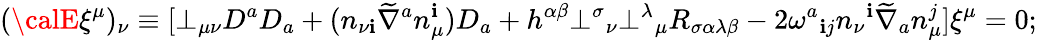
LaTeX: ({\calE}\xi^{\mu})_{\nu}\equiv[\bot_{\mu\nu}D^{a}D_{a}+(n_{\nu\mathbf{i}}\widetilde{{\nabla}}^{a}n_{\mu}^{\mathbf{i}})D_{a}+h^{\alpha\beta}\bot^{\sigma}{_{\nu}}\bot^{\lambda}{_{\mu}}R_{\sigma\alpha\lambda\beta}-2\omega^{a}{_{\mathbf{i}j}}n_{\nu}{^{\mathbf{i}}}\widetilde{{\nabla}}_{a}n_{\mu}^{j}]\xi^{\mu}=0;